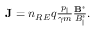
\begin{array} { r } { { \bf J } = n _ { R E } q \frac { p _ { \| } } { \gamma m } \frac { { \bf B } ^ { * } } { B _ { \| } ^ { * } } . } \end{array}